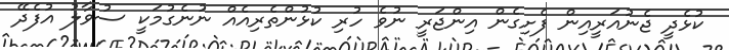
ކުޅެދީ ޖެނުއަރީއިން ފެށިގެން އިންޖަރީ ނުވެ ހުރި ކުޅުންތެރިއެއް ނުނެގުމަކީ ސުވާލު އުފެދޭ